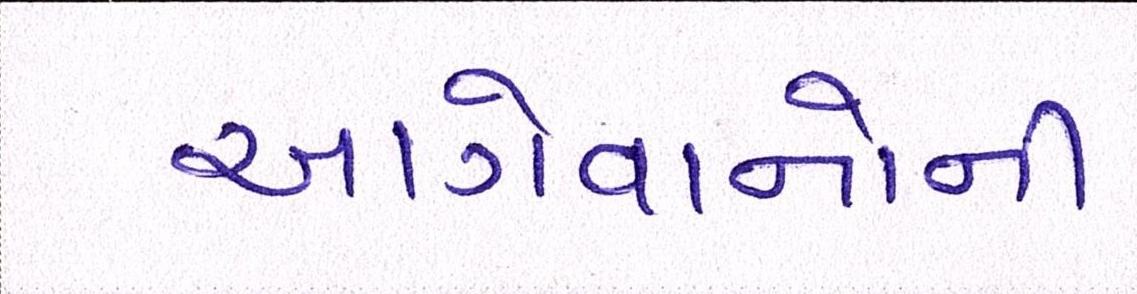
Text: આગેવાનોની